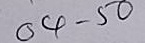
04 - 50